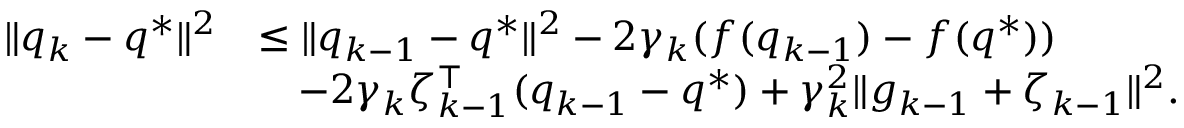
\begin{array} { r l } { \| q _ { k } - q ^ { * } \| ^ { 2 } } & { \leq \| q _ { k - 1 } - q ^ { * } \| ^ { 2 } - 2 \gamma _ { k } ( f ( q _ { k - 1 } ) - f ( q ^ { * } ) ) } \\ & { \quad - 2 \gamma _ { k } \zeta _ { k - 1 } ^ { \top } ( q _ { k - 1 } - q ^ { * } ) + \gamma _ { k } ^ { 2 } \| g _ { k - 1 } + \zeta _ { k - 1 } \| ^ { 2 } . } \end{array}